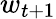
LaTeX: w_{t+1}